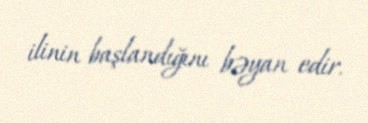
ilinin başlandığını bəyan edir.